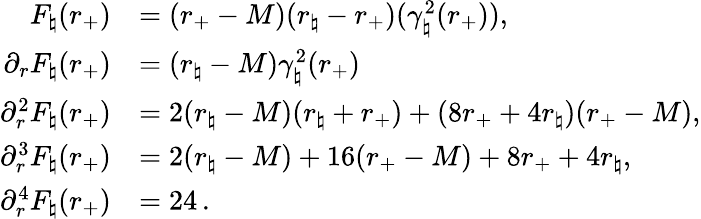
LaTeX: \begin{array}{rl}{F_{\natural}(r_{+})}&{=(r_{+}-M)(r_{\natural}-r_{+})(\gamma_{\natural}^{2}(r_{+})),}\\ {\partial_{r}F_{\natural}(r_{+})}&{=(r_{\natural}-M)\gamma_{\natural}^{2}(r_{+})}\\ {\partial_{r}^{2}F_{\natural}(r_{+})}&{=2(r_{\natural}-M)(r_{\natural}+r_{+})+(8r_{+}+4r_{\natural})(r_{+}-M),}\\ {\partial_{r}^{3}F_{\natural}(r_{+})}&{=2(r_{\natural}-M)+16(r_{+}-M)+8r_{+}+4r_{\natural},}\\ {\partial_{r}^{4}F_{\natural}(r_{+})}&{=24\, .}\end{array}